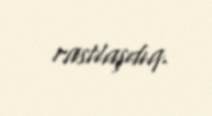
rastlaşdıq.